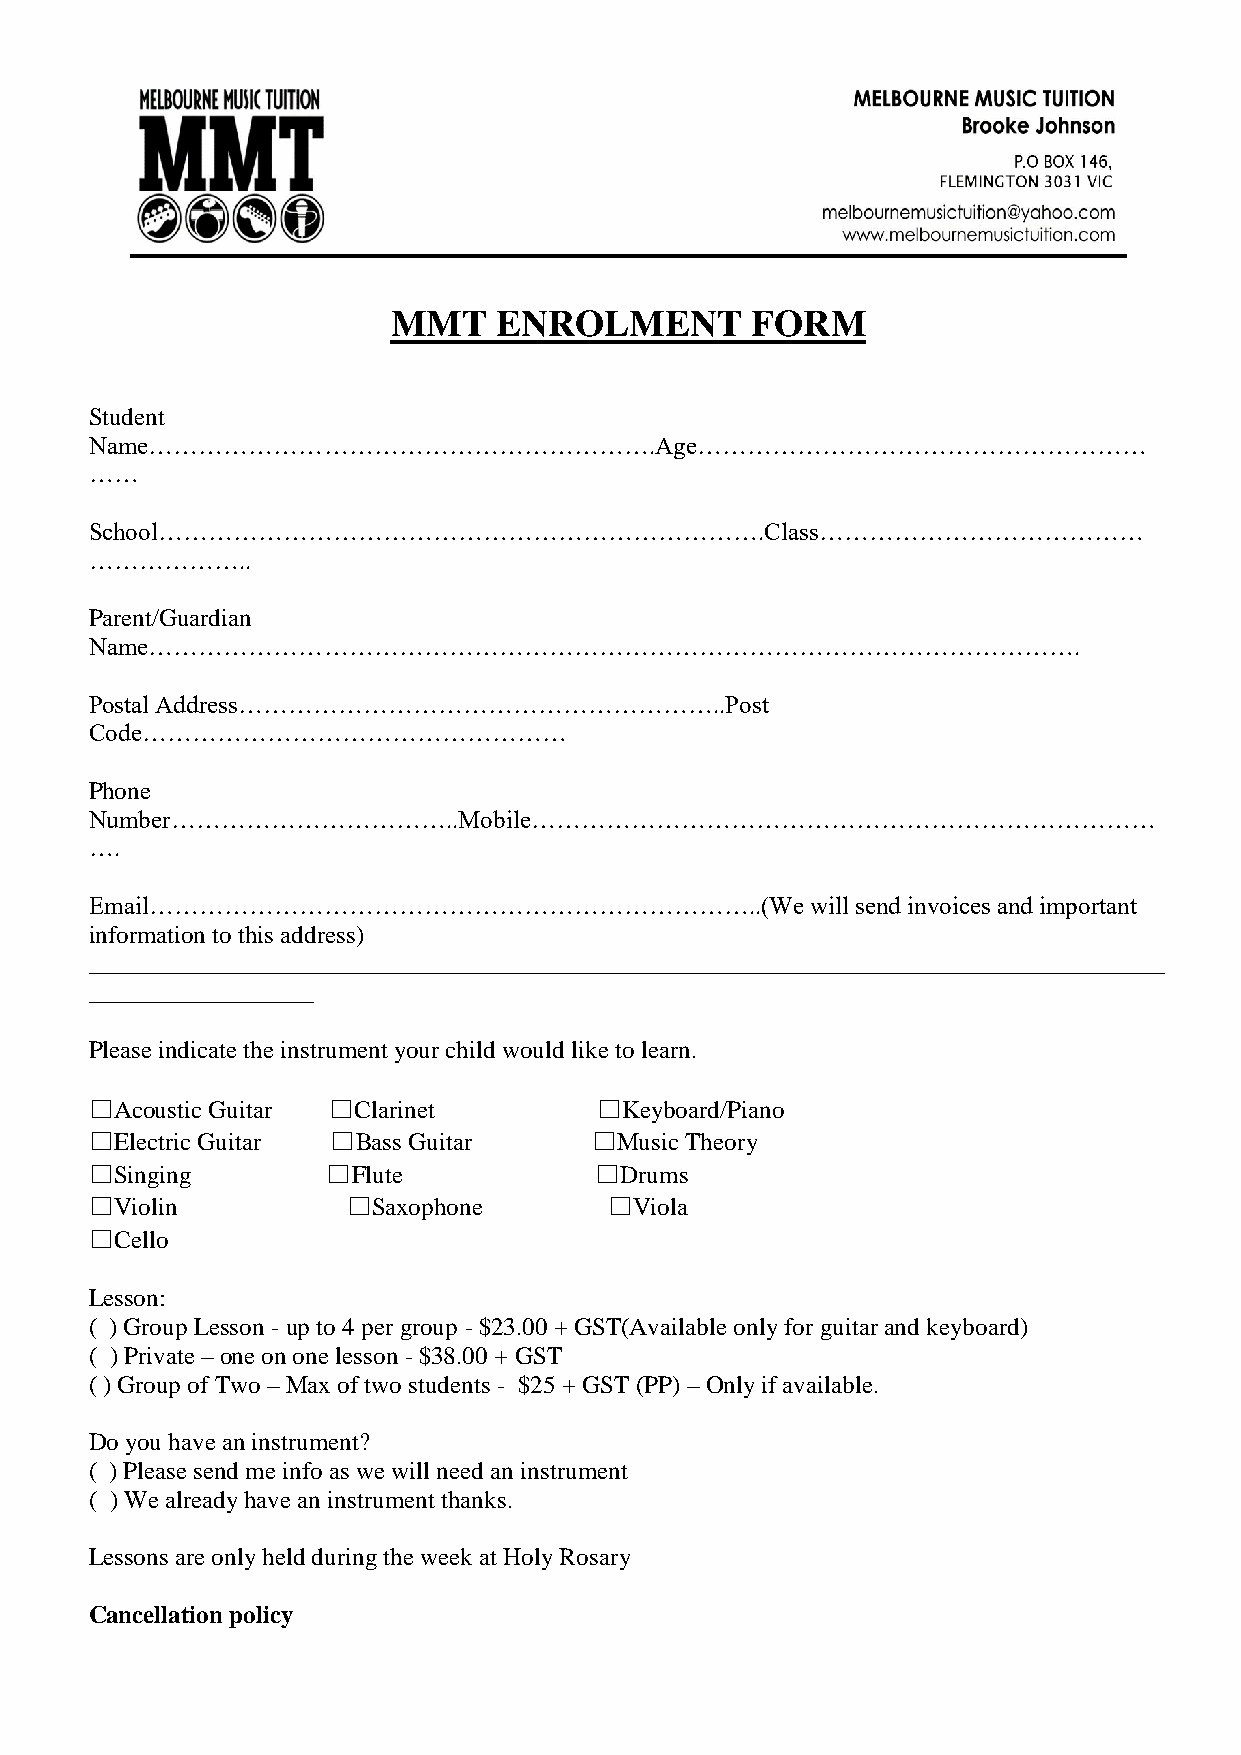
MMT    ENROLMENT        FORM
 Student
 Name…………………………………………………….Age………………………………………………
 ……
 School……………………………………………………………….Class…………………………………
 ………………..
 Parent/Guardian
 Name………………………………………………………………………………………………….
 Postal Address…………………………………………………..Post
 Code……………………………………………
 Phone
 Number……………………………..Mobile…………………………………………………………………
 ….
 Email………………………………………………………………..(We              will send invoices and important
 information to this address)
 ______________________________________________________________________________________
 __________________
 Please indicate the instrument your child would like to learn.
 ☐Acoustic Guitar ☐Clarinet        ☐Keyboard/Piano
 ☐Electric Guitar ☐Bass Guitar    ☐Music Theory
 ☐Singing        ☐Flute           ☐Drums
 ☐Violin          ☐Saxophone       ☐Viola
 ☐Cello
 Lesson:
 ( ) Group Lesson - up to 4 per group - $23.00 + GST(Available only for guitar and keyboard)
 ( ) Private – one on one lesson - $38.00 + GST
 ( ) Group of Two – Max of two students - $25 + GST (PP) – Only if available.
 Do you have an instrument?
 ( ) Please send me info as we will need an instrument
 ( ) We already have an instrument thanks.
 Lessons are only held during the week at Holy Rosary
 Cancellation policy